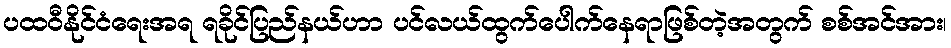
ပထဝီနိုင်ငံရေးအရ ရခိုင်ပြည်နယ်ဟာ ပင်လယ်ထွက်ပေါက်နေရာဖြစ်တဲ့အတွက် စစ်အင်အား၊